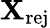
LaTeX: \mathbf{X}_{\mathrm{{rej}}}